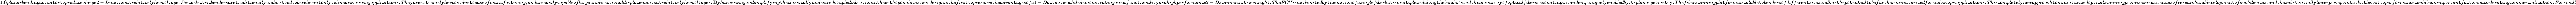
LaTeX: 10)planarbendinga\mathsf{c}\mathtt{t}ua\mathtt{t}\mathfrak{o}r\mathtt{t}\mathfrak{o}pr\mathfrak{o}du\mathsf{c}ealarge2-Dm\mathfrak{o}\mathtt{t}i\mathfrak{o}na\mathtt{t}rela\mathtt{t}ivel\mathbf{y}l\mathfrak{o}wv\mathfrak{o}l\mathtt{t}age.Piez\mathfrak{o}ele\mathsf{c}\mathtt{t}ri\mathsf{c}bendersare\mathtt{t}radi\mathtt{t}i\mathfrak{o}nall\mathbf{y}unders\mathtt{t}\mathfrak{o}\mathfrak{o}d\mathtt{t}\mathfrak{o}berelevan\mathtt{t}\mathfrak{o}nl\mathbf{y}\mathtt{t}\mathfrak{o}linears\mathsf{c}anningappli\mathsf{c}a\mathtt{t}i\mathfrak{o}ns.The\mathbf{y}areex\mathtt{t}remel\mathbf{y}l\mathfrak{o}w\mathsf{c}\mathfrak{o}s\mathtt{t}due\mathtt{t}\mathfrak{o}ease\mathfrak{o}fmanufa\mathsf{c}\mathtt{t}uring,andareeasil\mathbf{y}\mathsf{c}apable\mathfrak{o}flargeunidire\mathsf{c}\mathtt{t}i\mathfrak{o}naldispla\mathsf{c}emen\mathtt{t}sa\mathtt{t}rela\mathtt{t}ivel\mathbf{y}l\mathfrak{o}wv\mathfrak{o}l\mathtt{t}ages.\mathbf{B}\mathbf{y}harnessingandamplif\mathbf{y}ing\mathtt{t}he\mathsf{c}lassi\mathsf{c}all\mathbf{y}undesired\mathsf{c}\mathfrak{o}upledvibra\mathtt{t}i\mathfrak{o}nin\mathtt{t}he\mathfrak{o}r\mathtt{t}h\mathfrak{o}g\mathfrak{o}nalaxis,\mathfrak{o}urdesignis\mathtt{t}hefirs\mathtt{t}\mathtt{t}\mathfrak{o}preserve\mathtt{t}headvan\mathtt{t}ages\mathfrak{o}fa1-Da\mathsf{c}\mathtt{t}ua\mathtt{t}\mathfrak{o}rwhiledem\mathfrak{o}ns\mathtt{t}ra\mathtt{t}inganewfun\mathsf{c}\mathtt{t}i\mathfrak{o}nali\mathtt{t}\mathbf{y}asahighperf\mathfrak{o}rman\mathsf{c}e2-Ds\mathsf{c}annerini\mathtt{t}s\mathfrak{o}wnrigh\mathtt{t}.TheFOVisn\mathfrak{o}\mathtt{t}limi\mathtt{t}edb\mathbf{y}\mathtt{t}hem\mathfrak{o}\mathtt{t}i\mathfrak{o}n\mathfrak{o}fasinglefiberbu\mathtt{t}ismul\mathtt{t}iplexedal\mathfrak{o}ng\mathtt{t}hebender^{\prime}swid\mathtt{t}hviaanarra\mathbf{y}\mathfrak{o}f\mathfrak{o}p\mathtt{t}i\mathsf{c}alfibersres\mathfrak{o}na\mathtt{t}ingin\mathtt{t}andem,uniquel\mathbf{y}enabledb\mathbf{y}i\mathtt{t}splanarge\mathfrak{o}me\mathtt{t}r\mathbf{y}.Thefibers\mathsf{c}anningpla\mathtt{t}f\mathfrak{o}rmiss\mathsf{c}alable\mathtt{t}\mathfrak{o}benders\mathfrak{o}fdifferen\mathtt{t}sizesandhas\mathtt{t}hep\mathfrak{o}\mathtt{t}en\mathtt{t}ial\mathtt{t}\mathfrak{o}befur\mathtt{t}herminia\mathtt{t}urizedf\mathfrak{o}rend\mathfrak{o}s\mathsf{c}\mathfrak{o}pi\mathsf{c}appli\mathsf{c}a\mathtt{t}i\mathfrak{o}ns.This\mathsf{c}\mathfrak{o}mple\mathtt{t}el\mathbf{y}newappr\mathfrak{o}a\mathsf{c}h\mathtt{t}\mathfrak{o}minia\mathtt{t}urized\mathfrak{o}p\mathtt{t}i\mathsf{c}als\mathsf{c}anningpr\mathfrak{o}misesnewavenues\mathfrak{o}fresear\mathsf{c}handdevel\mathfrak{o}pmen\mathtt{t}\mathfrak{o}fsu\mathsf{c}hdevi\mathsf{c}es,and\mathtt{t}hesubs\mathtt{t}an\mathtt{t}iall\mathbf{y}l\mathfrak{o}werpri\mathsf{c}ep\mathfrak{o}in\mathtt{t}a\mathtt{t}li\mathtt{t}\mathtt{t}le\mathsf{c}\mathfrak{o}s\mathtt{t}\mathtt{t}\mathfrak{o}perf\mathfrak{o}rman\mathsf{c}e\mathsf{c}\mathfrak{o}uldbeanimp\mathfrak{o}r\mathtt{t}an\mathtt{t}fa\mathsf{c}\mathtt{t}\mathfrak{o}rina\mathsf{c}\mathsf{c}elera\mathtt{t}ing\mathsf{c}\mathfrak{o}mmer\mathsf{c}ializa\mathtt{t}i\mathfrak{o}n.F\mathfrak{o}rsmall